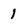
Character: 1